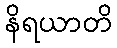
နိရယာတိ